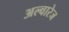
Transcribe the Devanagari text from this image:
अल्वारेज